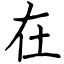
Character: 在